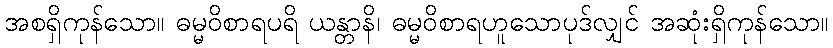
အစရှိကုန်သော။ ဓမ္မဝိစာရပရိ ယန္တာနိ၊ ဓမ္မဝိစာရဟူသောပုဒ်လျှင် အဆုံးရှိကုန်သော။